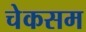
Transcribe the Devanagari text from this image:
चेकसम